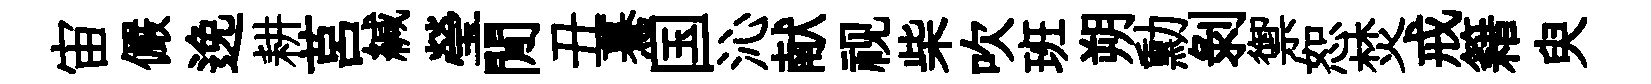
宙儼𨓜耕莒緘瑩閒丑驀国沁献视柴吹班朔勳剝禦恕焚戒籍臾